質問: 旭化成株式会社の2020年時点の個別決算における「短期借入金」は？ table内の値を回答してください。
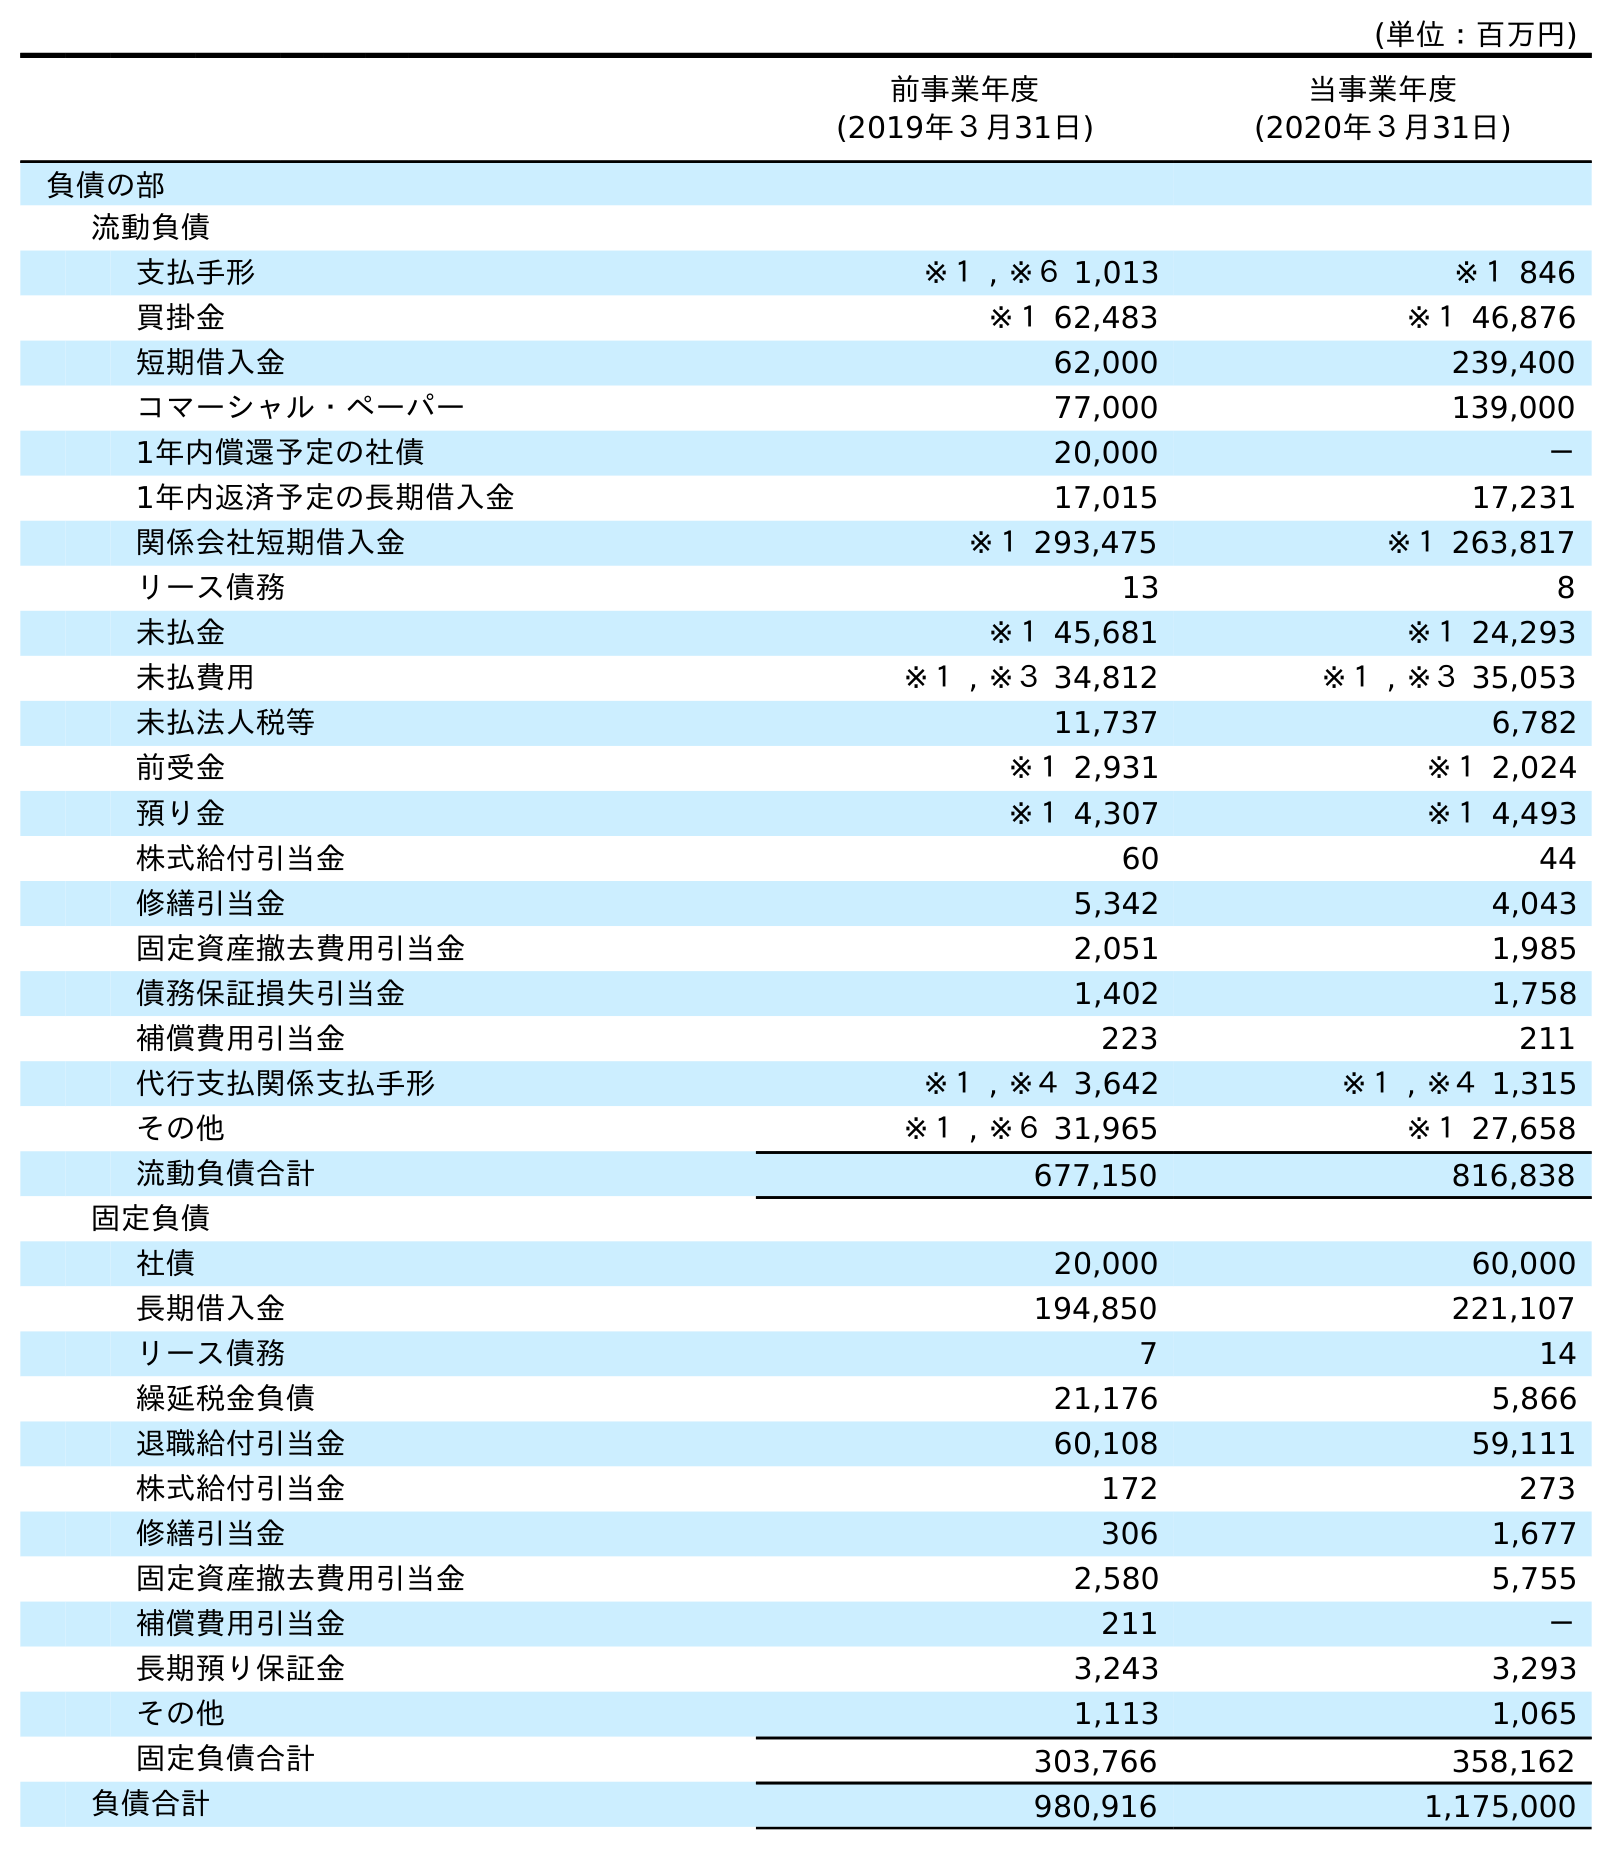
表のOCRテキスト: (単位：百万円) 前事業年度 (2019年３月31日) 当事業年度 (2020年３月31日) 負債の部 流動負債 支払手形 ※１ , ※６ 1,013 ※１ 846 買掛金 ※１ 62,483 ※１ 46,876 短期借入金 62,000 239,400 コマーシャル・ペーパー 77,000 139,000 1年内償還予定の社債 20,000 － 1年内返済予定の長期借入金 17,015 17,231 関係会社短期借入金 ※１ 293,475 ※１ 263,817 リース債務 13 8 未払金 ※１ 45,681 ※１ 24,293 未払費用 ※１ , ※３ 34,812 ※１ , ※３ 35,053 未払法人税等 11,737 6,782 前受金 ※１ 2,931 ※１ 2,024 預り金 ※１ 4,307 ※１ 4,493 株式給付引当金 60 44 修繕引当金 5,342 4,043 固定資産撤去費用引当金 2,051 1,985 債務保証損失引当金 1,402 1,758 補償費用引当金 223 211 代行支払関係支払手形 ※１ , ※４ 3,642 ※１ , ※４ 1,315 その他 ※１ , ※６ 31,965 ※１ 27,658 流動負債合計 677,150 816,838 固定負債 社債 20,000 60,000 長期借入金 194,850 221,107 リース債務 7 14 繰延税金負債 21,176 5,866 退職給付引当金 60,108 59,111 株式給付引当金 172 273 修繕引当金 306 1,677 固定資産撤去費用引当金 2,580 5,755 補償費用引当金 211 － 長期預り保証金 3,243 3,293 その他 1,113 1,065 固定負債合計 303,766 358,162 負債合計 980,916 1,175,000
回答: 239,400